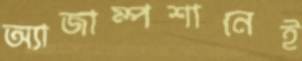
অ্যাজাম্পশানেই